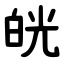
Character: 㿠